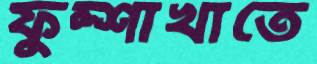
ফুল্শাখাতে